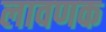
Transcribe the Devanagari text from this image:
लावणक